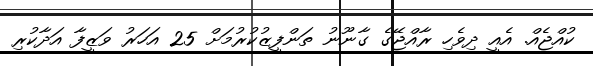
ކުއްޖެއް. އެއީ ދިވެހި ރާއްޖޭގެ ގާނޫނު ތަންފީޒުކުރުމަށް 25 އަހަރު ވަޒީފާ އަދާކުރި